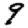
Digit: 9